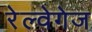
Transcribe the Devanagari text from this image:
रेल्वेगेज